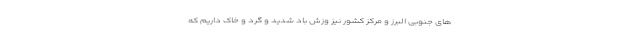
های جنوبی البرز و مرکز کشور نیز وزش باد شدید و گرد و خاک داریم که